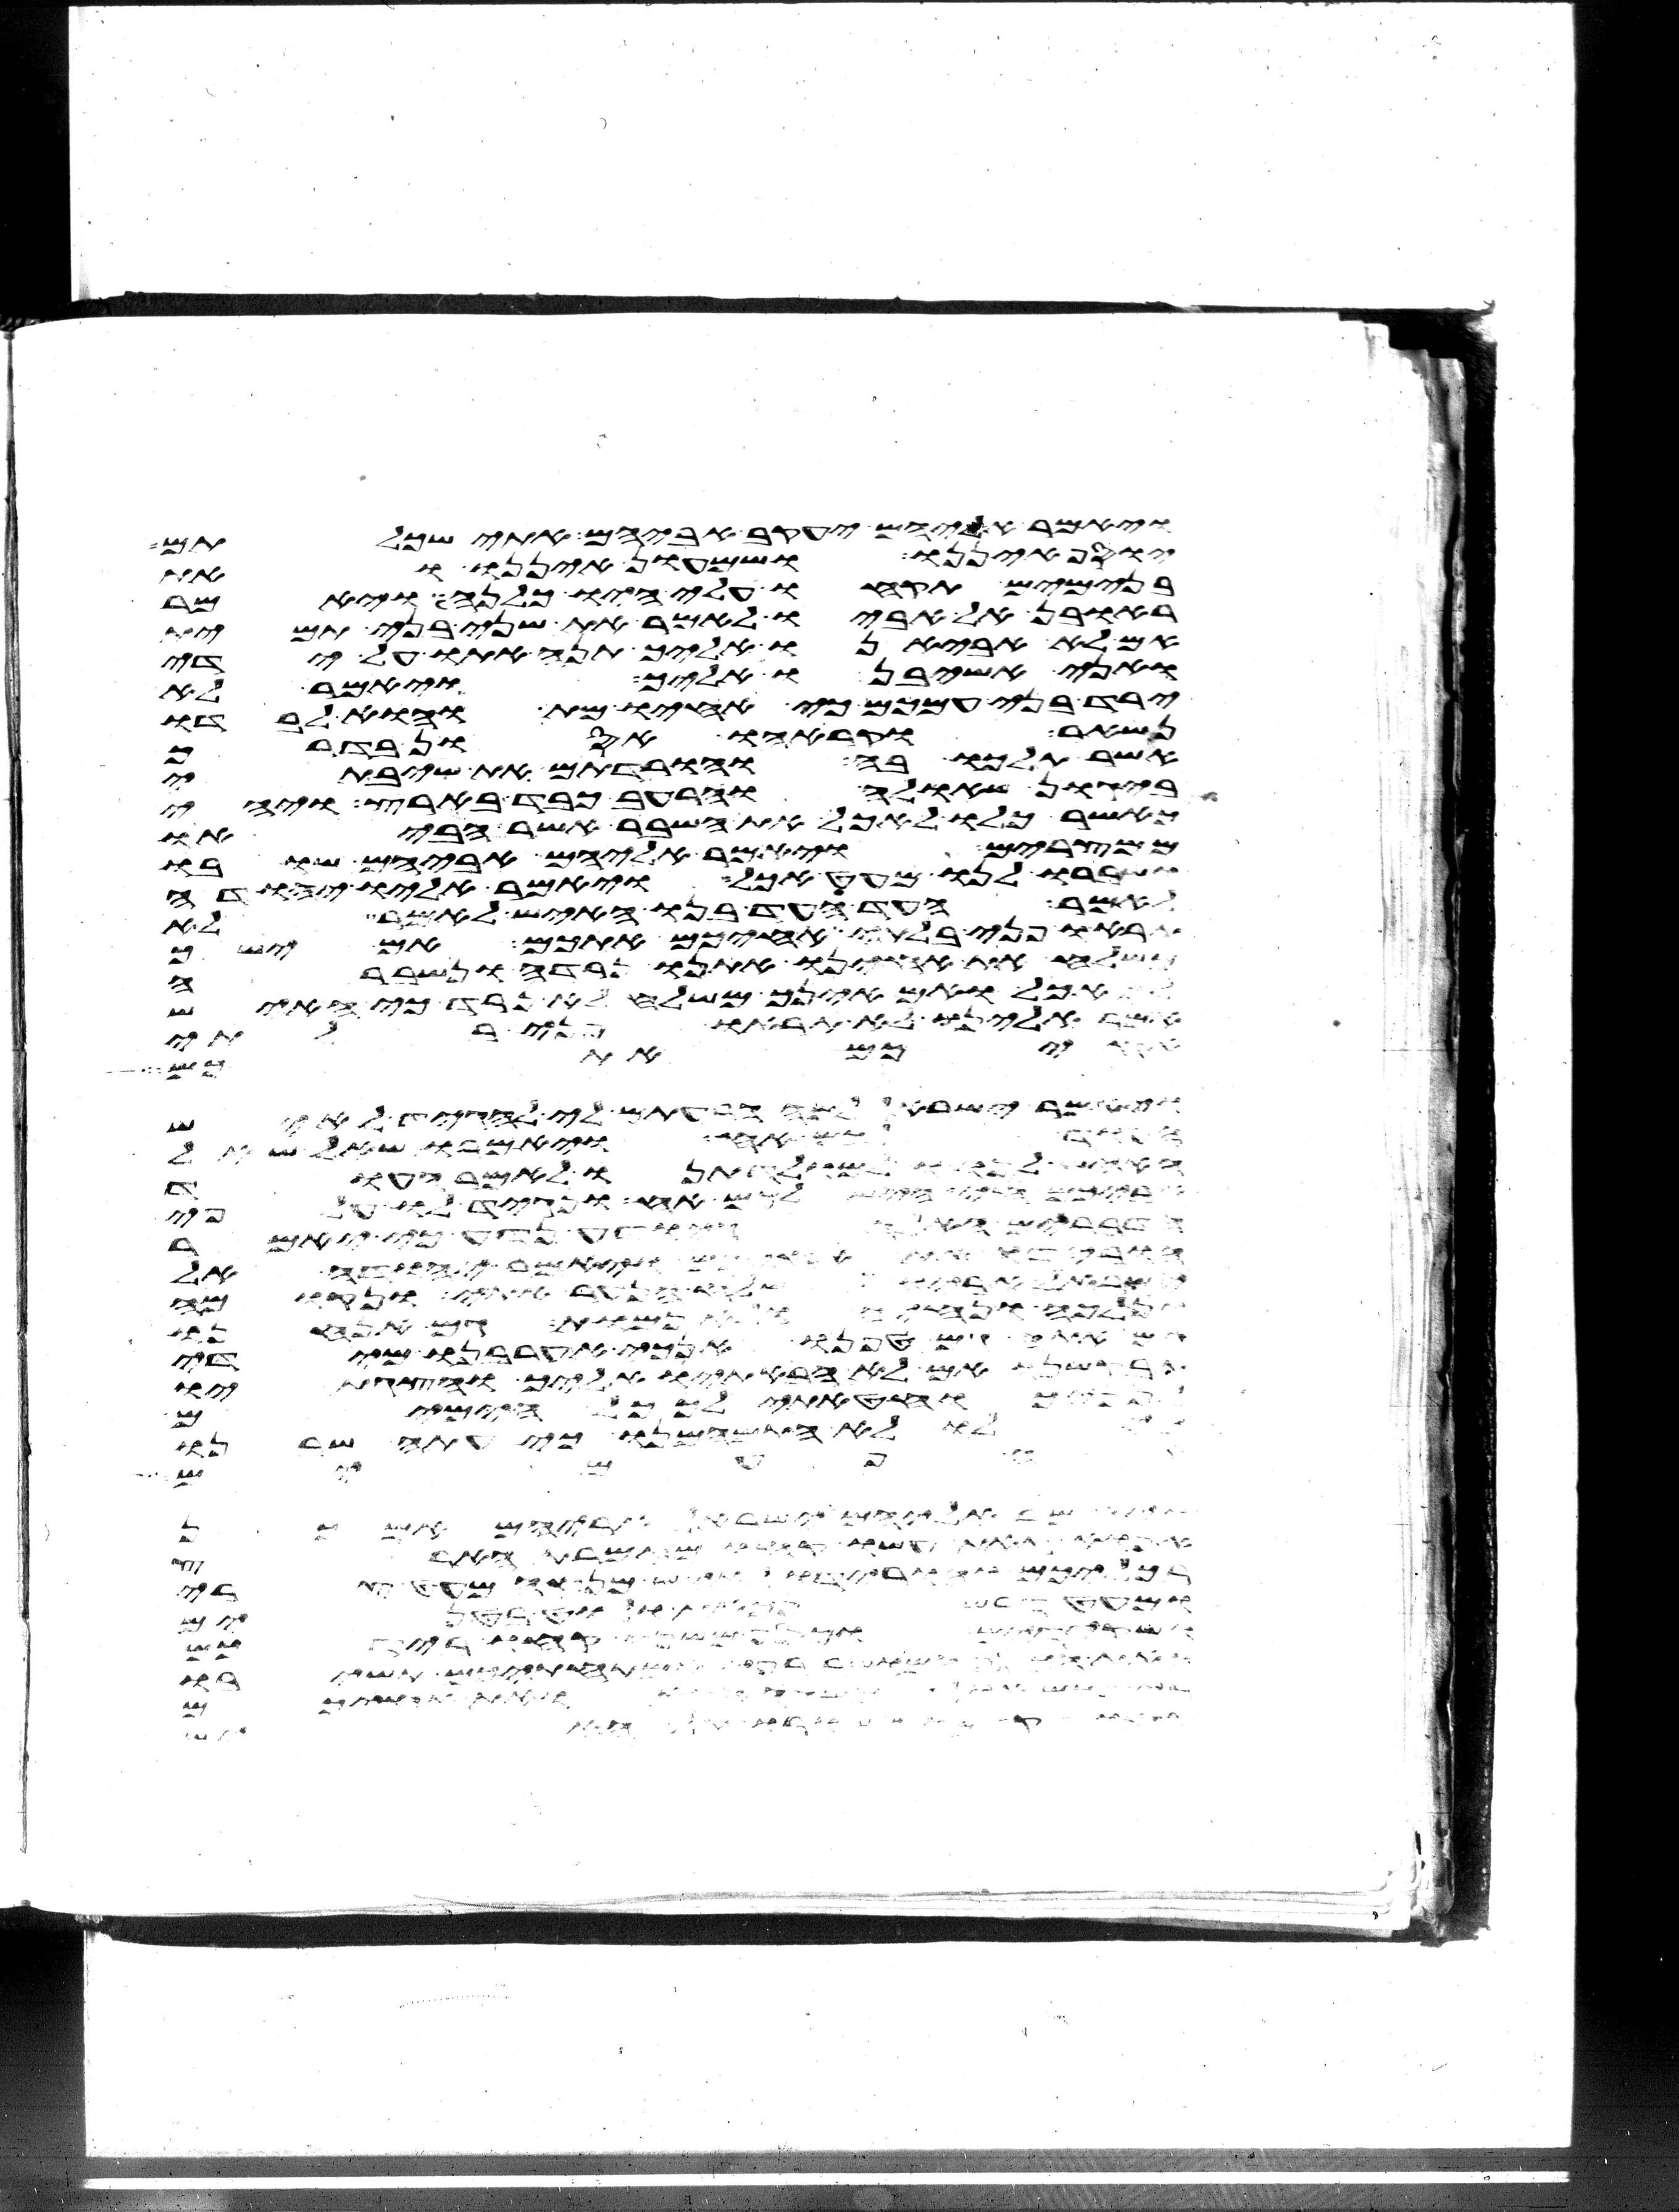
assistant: ויאמר אליהם יעקב אביהם אתי שכלתם
יוסף איננו ושמעון איננו ואת
בנימים תקחו עלי היו כלנה ויאמר
ראובן אל אביו לאמר את שני בני תמית
אם לא אביאנו אליך תנה אתו על ידי
ואני אשיבנו אליך ויאמר לא
ירד בני עמכם כי אחיו מת והוא לבדו
נשאר וקראהו אסון בדרך
אשר תלכו בה והורדתם את שיבתי
ביגון שאלה והרעב כבד בארץ ויהי
כאשר כלו לאכל את השבר אשר הביאו
ממצרים ויאמר אליהם אביהם שובו
ושברו לנו מעט אכל ויאמר אליו יהודה
לאמר העד העד בנו האיש לאמר לא
תראו פני בלתי אחיכם אתכם אם ישך
משלח את אחינו אתנו נרדה ונשברה
אכל ואם אינך משלח לא נרד כי האיש
אמר אלינו לא תראו פני בלתי
איביכם אז תשבת
ויאמר ישראל למה הרעתם לי להגיד לאיש
העוד לכם אח ויאמרו שאל שאל
האיש לנו ולמולדתנו לאמר העוד
חי היש לכם אח ונגיד לו על פי
הדברים האלה היודע נדע כי יאמר
הורידו את אחיכם ויאמר יהודה אל
ישראל אביו שלח הנער אתי ונקומה
ונלכה ונחיה ולא נמות גם אנחנו
אתה גם טפנו אנכי אערבנו מידי
אם לא הבאתיו אליך והצגתיו
הזאת וחטאתי לאלהים
לו לא התמהמנו כי עתה שבנו
אם יש
אליהם ישראל אביהם אם כן
אפוא זאת עשו קחו מזמרת הארץ
ממך מאד אשר לא מערי
ומעט דבש נכאת ולוט בטנים
ושקידים וכסף משנה קחו בידכם
את הארץ אשר נתתי לכם ותמרו
ולא יחללו את שם
כל קהל ישראל את